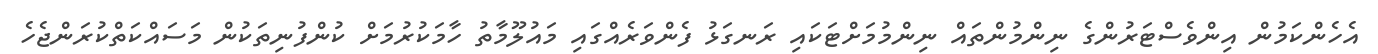
އެހެންކަމުން އިންވެސްޓަރުންގެ ނިންމުންތައް ނިންމުމަށްޓަކައި ރަނގަޅު ފެންވަރެއްގައި މައުލޫމާތު ހާމަކުރުމަށް ކުންފުނިތަކުން މަސައްކަތްކުރަންޖެހެ